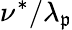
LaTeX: \nu^{*}/\lambda_{\mathfrak{p}}